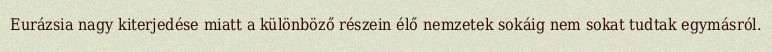
Eurázsia nagy kiterjedése miatt a különböző részein élő nemzetek sokáig nem sokat tudtak egymásról.